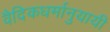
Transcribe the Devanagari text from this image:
वैदिकधर्मानुयायी